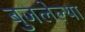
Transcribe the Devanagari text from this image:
बुजलेल्या